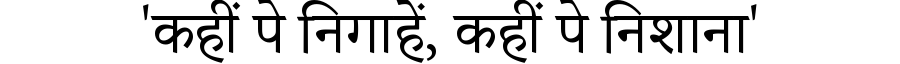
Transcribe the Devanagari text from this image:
'कहीं पे निगाहें, कहीं पे निशाना'